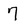
Character: 7